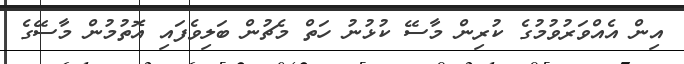
އިން އެއްވަރުވުމުގެ ކުރިން މާސޭ ކުޅުނު ހަތް މެޗުން ބަލިވެފައި އޮތުމުން މާސޭގެ